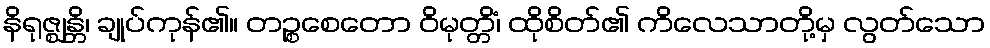
နိရုဇ္ဈန္တိ၊ ချုပ်ကုန်၏။ တဉ္စစေတော ဝိမုတ္တိံ၊ ထိုစိတ်၏ ကိလေသာတို့မှ လွတ်သော